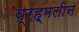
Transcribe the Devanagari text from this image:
व्रह्मलीन